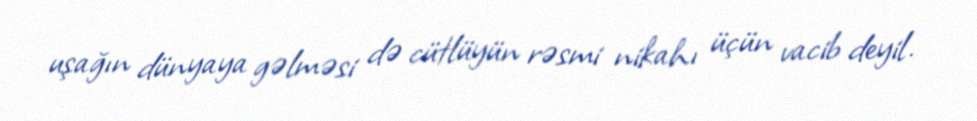
uşağın dünyaya gəlməsi də cütlüyün rəsmi nikahı üçün vacib deyil.